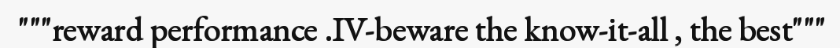
"""reward performance .IV-beware the know-it-all , the best"""